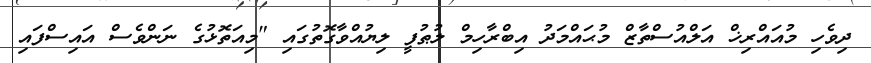
ދިވެހި މުއައްރިޚް އަލްއުސްތާޒް މުޙައްމަދު އިބްރާހިމް ލުޠުފީ ލިޔުއްވާގޮތުގައި "މިއަތޮޅުގެ ނަންވެސް އައިސްފައި